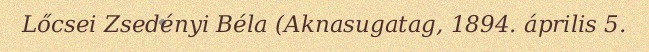
Lőcsei Zsedényi Béla (Aknasugatag, 1894. április 5.